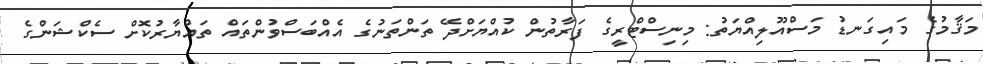
މަޤާމުގެ މައިގަނޑު މަސްއޫލިއްޔަތު: މިނިސްޓްރީގެ ފަރާތުން ކުއްޔަށްދޭ ތަންތަނުގެ އެއްބަސްވުންތައް ތައްޔާރުކޮށް ސެކްޝަންގެ